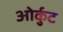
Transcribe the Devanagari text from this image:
ओर्कुट